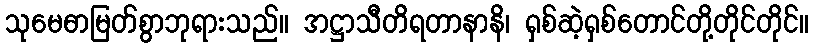
သုမေဓာမြတ်စွာဘုရားသည်။ အဋ္ဌာသီတိရတာနာနိ၊ ရှစ်ဆဲ့ရှစ်တောင်တို့တိုင်တိုင်။